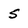
Character: 5